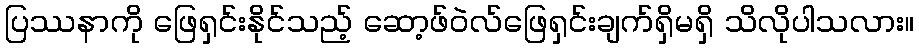
ပြဿနာကို ဖြေရှင်းနိုင်သည့် ဆော့ဖ်ဝဲလ်ဖြေရှင်းချက်ရှိမရှိ သိလိုပါသလား။